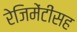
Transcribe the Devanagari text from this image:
रेजिमेंटींसह